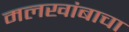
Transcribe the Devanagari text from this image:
मलखांबाचा